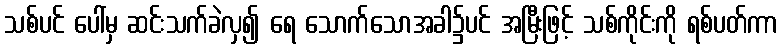
သစ်ပင် ပေါ်မှ ဆင်းသက်ခဲလှ၍ ရေ သောက်သောအခါ၌ပင် အမြီးဖြင့် သစ်ကိုင်းကို ရစ်ပတ်ကာ